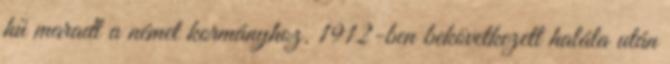
hű maradt a német kormányhoz. 1912-ben bekövetkezett halála után